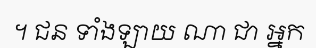
។ ជន ទាំងឡាយ ណា ជា ឣ្នក